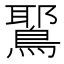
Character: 𫛉